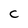
Character: C